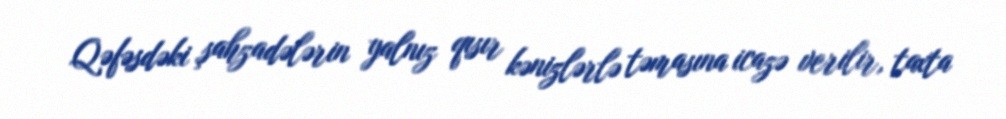
Qəfəsdəki şahzadələrin yalnız qısır kənizlərlə təmasına icazə verilir, taxta